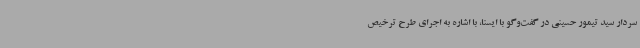
سردار سید تیمور حسینی در گفت‌وگو با ایسنا، با اشاره به اجرای طرح ترخیص